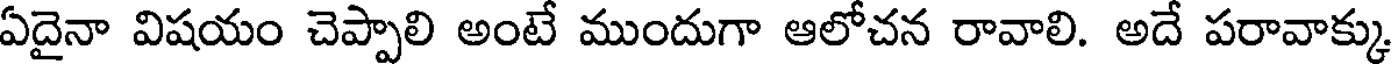
ఏదైనా విషయం చెప్పాలి అంటే ముందుగా ఆలోచన రావాలి. అదే పరావాక్కు